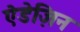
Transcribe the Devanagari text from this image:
ऐडेज़िन